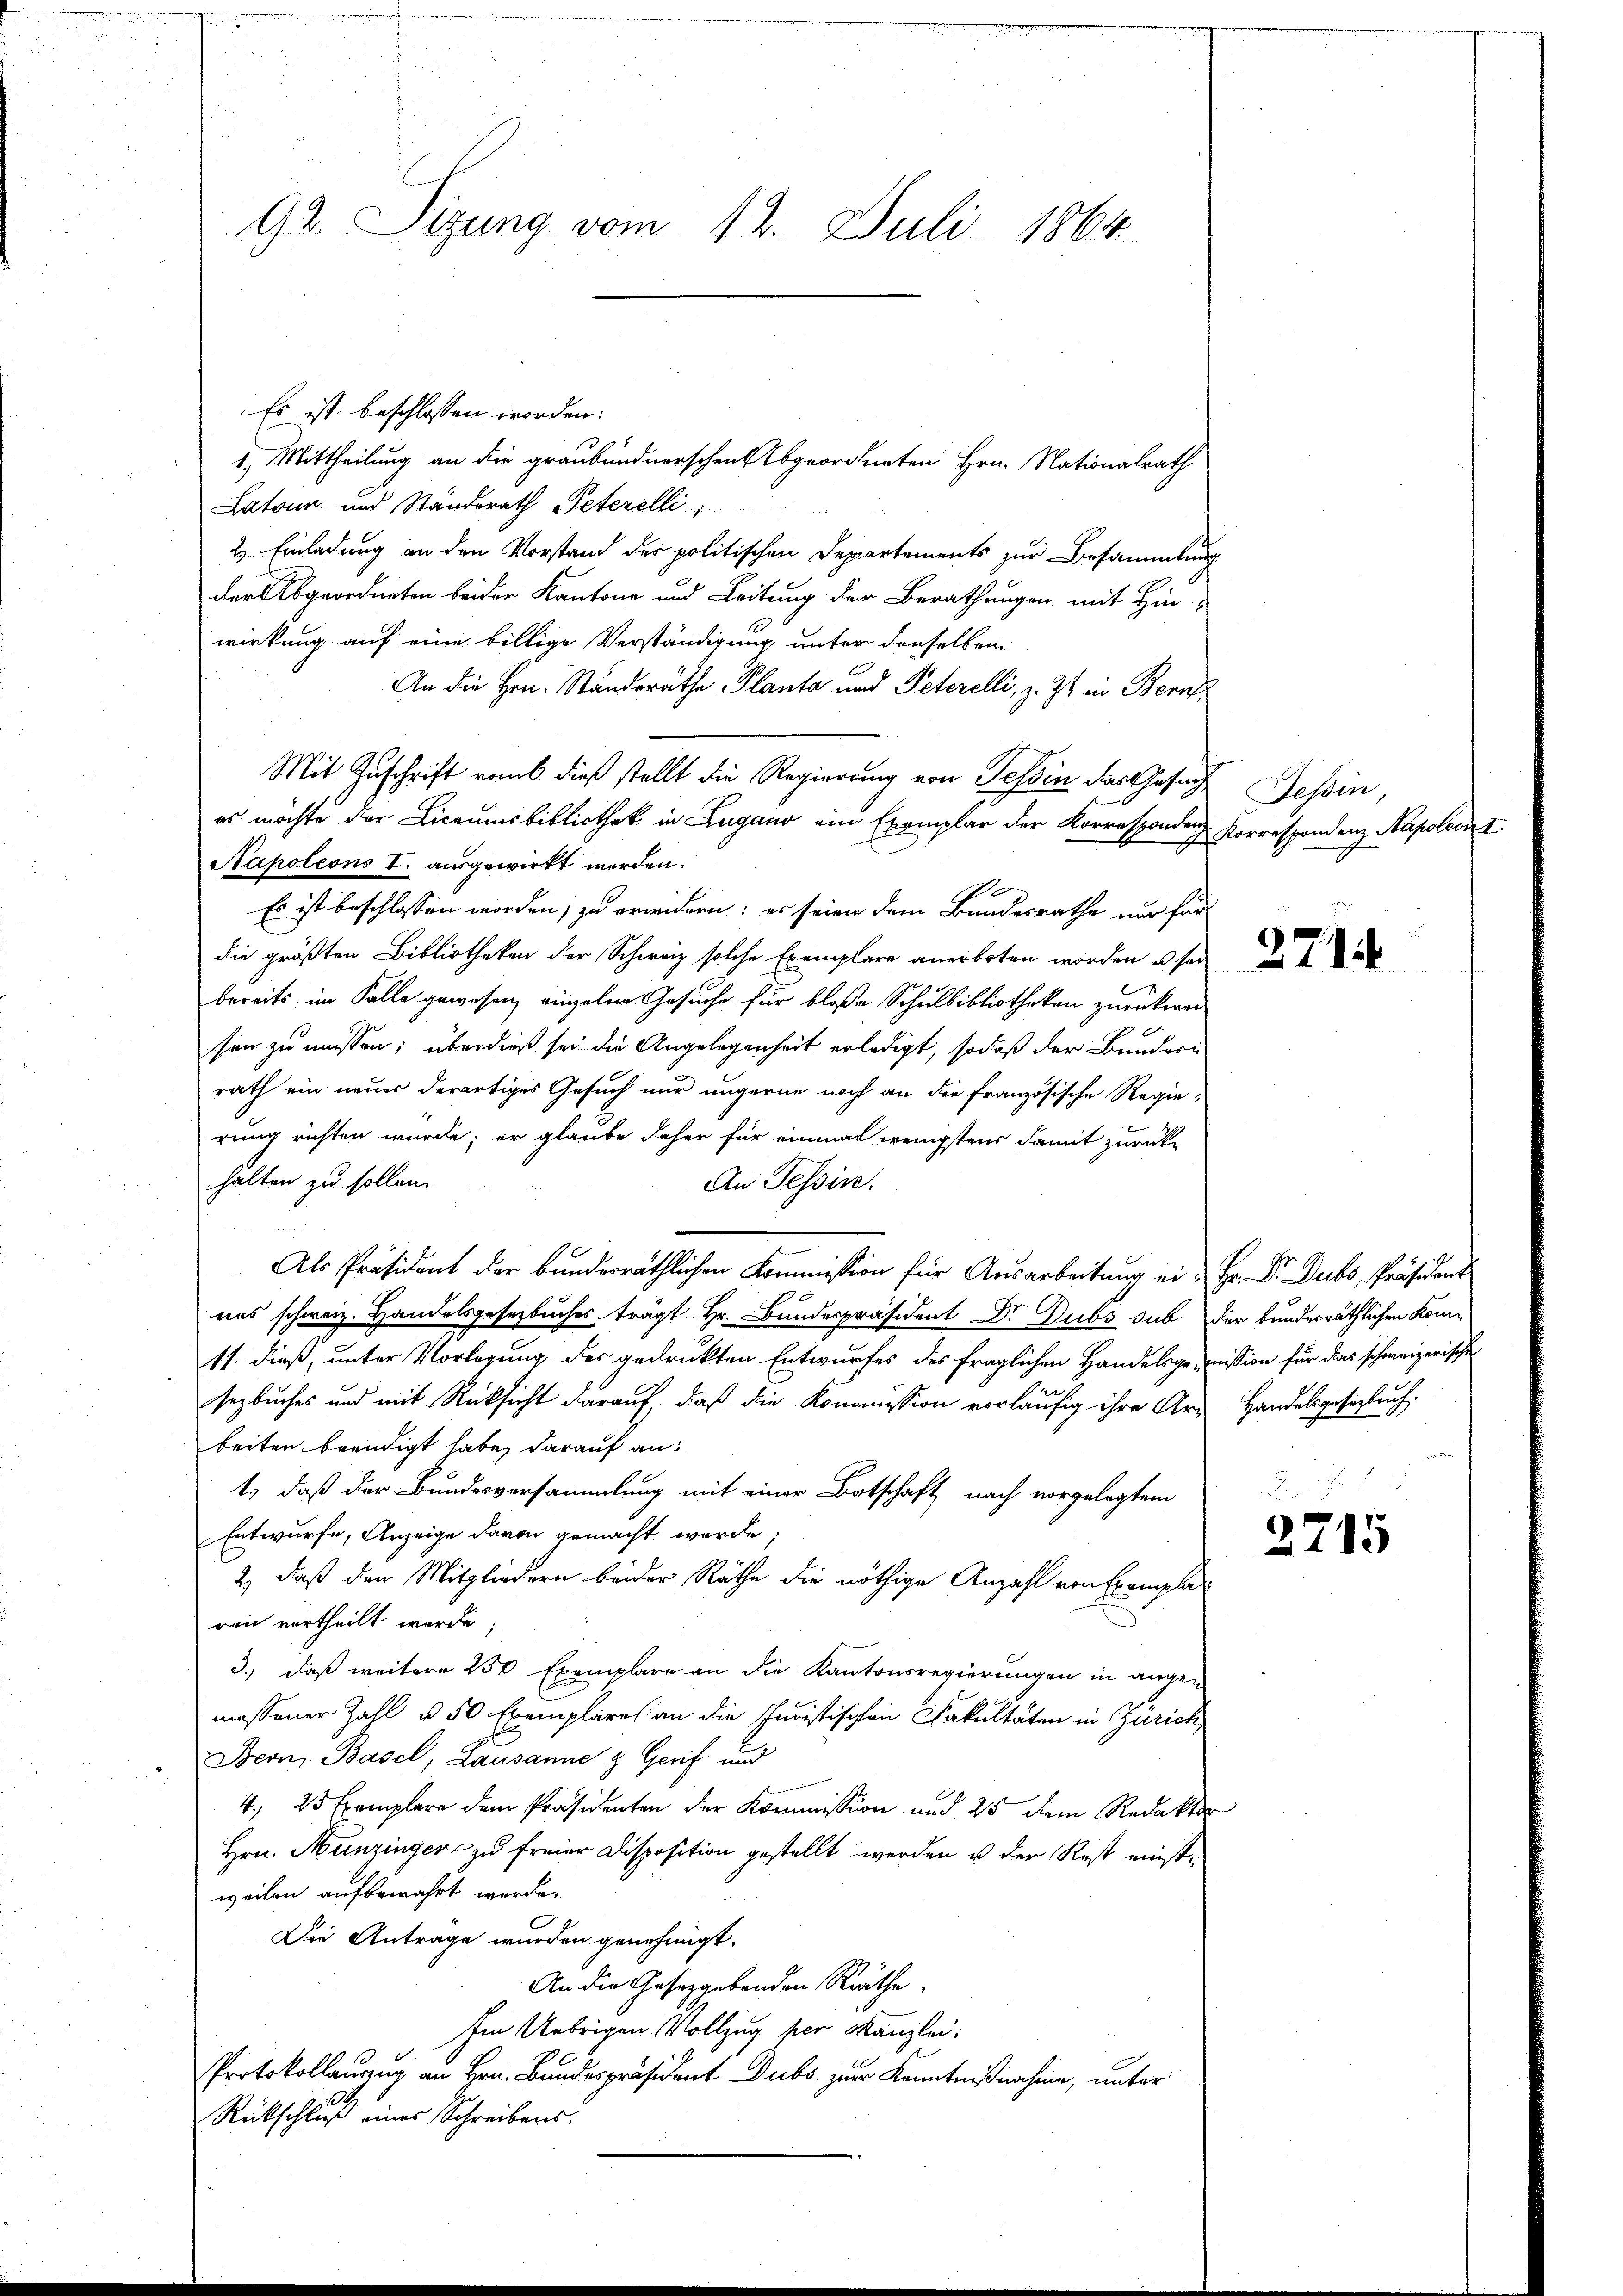
92. Sizung vom 12. Juli 1864

Es ist beschlossen worden:
1.) Mittheilung an die graubündnerschen Abgeordneten Hrn. Nationalrath
Latour und Standerath Peterelli
2) Einladung an den Vorstand der politischen Departements zur Besammlung
der Abgeordneten beider Kantone und Leitung der Berathungen mit Hin-
wirkung auf eine billige Verständigung unter denselben
An die Hrn. Standeräthe Planta und Peterelli, z. Zt. in Bern
Mit Zuschrift remb. dieß stellt die Regierung von Tessin das Gesuch
es möchte der Licaumsbibliothek in Lugano ein Exemplar der Korresponden Porrespondenz Napoleon I
Napoleons I. ausgewirkt werden.
Es ist beschlossen worden; zu erwidern: es seien dem Bundesrathe nur fürdie größten Bibliotheken der Schweiz solche Exemplare anerboten worden u sei
bereits im Falle gewesen, eingeler Gesuche für bloße Schulbibliotheken zurückweisen zu müssen; überdieß sei die Angelegenheit erledigt, sodaß der Bundern
rath ein neuer derartiges Gesuch nur ungerne noch an die französische Regie-
rung richten würde; er glaube daher für einmal wenigstens damit zurück
halten zu sollen.
An Tessin.
Als Präsident der bundesräthlichen Kommission für Ausarbeitung ein Hr. Dr. Dubs, Präsident
ues schweiz. Handelsgesetzbuches trägt Hr. Bundespräsident Dr. Dubs sub der bundesräthlichen Kom¬
11. dieß, unter Vorlegung des gedruckten Entwurfes des fraglichen Handelsgemission für das schweizerische
sezbuches und mit Rücksicht darauf, daß die Konomission vorläufig ihre Art Handelsgesetzbuch
beiten beendigt habe, darauf an:
1.) daß der Bundesversammlung mit einer Botschaft nach vorgelegtem
Entwurfe, Anzeige davon gemacht werde;
2) daß den Mitgliedern beider Räthe die nöthige Anzahl von Exemplaren vertheilt werde;
3.) daß weitere 250 Exemplare an die Kantonsregierungen in angen
messener Zahl u. 50 Exemplares an die Juristischen Fakultäten in Zürich
Beon, Basel, Lausanne & Genf und
4., 25 Exemplare dem Präsidenten der Kommission und 25 dem Redaktor
Hrn. Hunzinger zu freier Disposition gestellt werden u der Rest einstweilen aufbewahrt werde.
Die Antrage wurden genehmigt.
An die Gesetzgebenden Räthe.
Im Uebrigen Vollzug her Kanzlei,
Protokollauszug an Hrn. Bundespräsident Dubs zur Kenntnißnahme, unter
Rückschluß eines Schreibens.

Tessin,

2714

2715